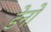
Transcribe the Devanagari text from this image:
डेनो